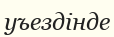
уъездінде